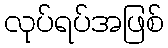
လုပ်ရပ်အဖြစ်